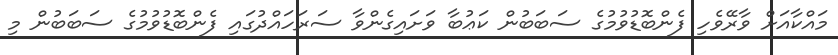
މައްކާއަށް ވާރޭވެހި ފެންބޮޑުވުމުގެ ސަބަބުން ކަޢުބާ ވަށައިގެންވާ ސަރަހައްދުގައި ފެންބޮޑުވުމުގެ ސަބަބުން މި